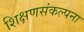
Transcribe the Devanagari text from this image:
शिक्षणसंकल्पना